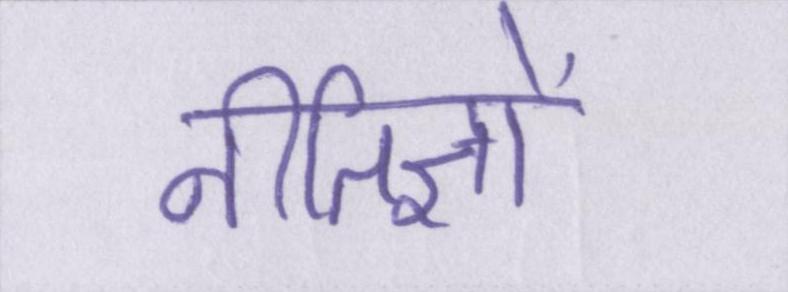
नीतिज्ञों